On a parasite found in persons suffering from enlargement of the spleen in India - Number 15
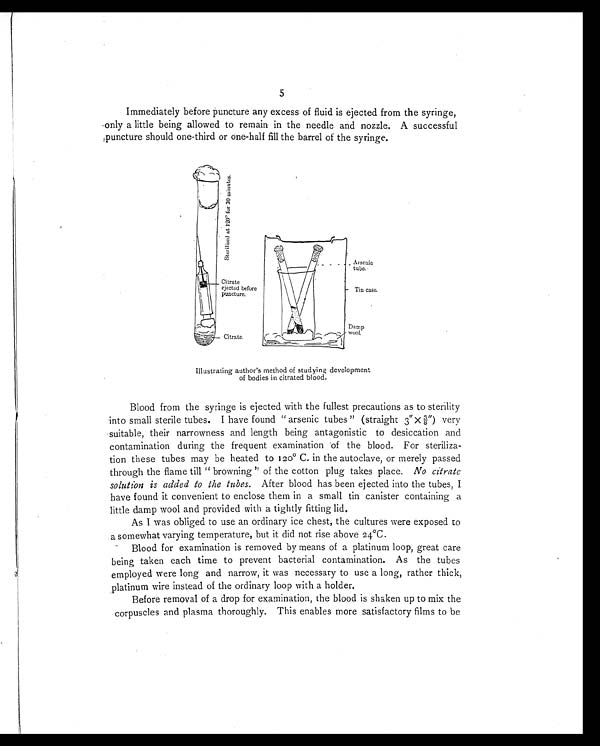
5
Immediately before puncture any excess of fluid is ejected from the syringe,
only a little being allowed to remain in the needle and nozzle. A successful
puncture should one-third or one-half fill the barrel of the syringe.
Illustrating author's method of studying development
of bodies in citrated blood.
Blood from the syringe is ejected with the fullest precautions as to sterility
into small sterile tubes. I have found "arsenic tubes" (straight 3 "X3/8" ) v e r y
suitable, their narrowness and length being antagonistic to desiccation and
contamination during the frequent examination of the blood. For steriliza--
tion these tubes may be heated to 120° C. in the autoclave, or merely passed
through the flame till "browning" of the cotton plug takes place. No citrate
solution is added to the tubes. After blood has been ejected into the tubes, I
have found it convenient to enclose them in a small tin canister containing a
little damp wool and provided with a tightly fitting lid.
As I was obliged to use an ordinary ice chest, the cultures were exposed to
a somewhat varying temperature, but it did not rise above 24°C.
Blood for examination is removed by means of a platinum loop, great care
being taken each time to prevent bacterial contamination. As the tubes
employed were long and narrow, it was necessary to use a long, rather thick,
platinum wire instead of the ordinary loop with a holder.
Before removal of a drop for examination, the blood is shaken up to mix the
corpuscles and plasma thoroughly. This enables more satisfactory films to be